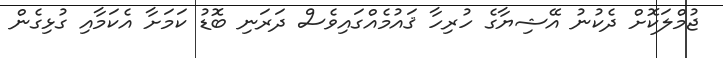
ޖުމްލަކޮށް ދެކުނު އޭޝިޔާގެ ހުރިހާ ޤައުމެއްގައިވެސް ދަރަނި ބޮޑު ކަމަށާ އެކަމާއި ގުޅިގެން